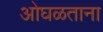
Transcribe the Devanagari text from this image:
ओघळताना